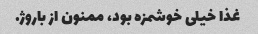
غذا خیلی خوشمزه بود، ممنون از باروژ.